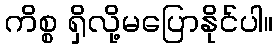
ကိစ္စ ရှိလို့မပြောနိုင်ပါ။